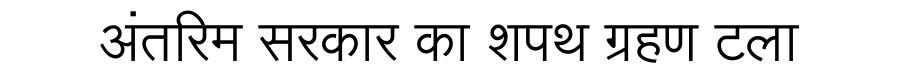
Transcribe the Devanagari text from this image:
अंतरिम सरकार का शपथ ग्रहण टला